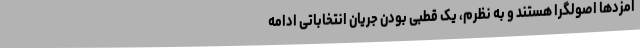
امزدها اصولگرا هستند و به نظرم، یک قطبی بودن جریان انتخاباتی ادامه